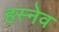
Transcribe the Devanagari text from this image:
हस्नेव